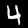
Label: 4